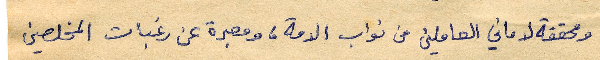
ومحققة لاماني العاملين من نواب الامة، ومعبرة عن رغبات المخلصين